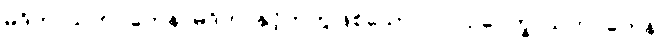
မုဒိတာသဟဂတေန၊ မုဒိတာနှင့်တကွဖြစ်သော။ လ။ ဥပေက္ခာသဟဂတေန၊